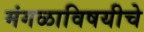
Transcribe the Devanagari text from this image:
मंगळाविषयीचे